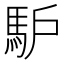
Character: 馿